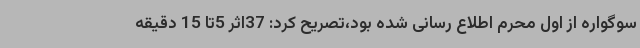
سوگواره از اول محرم اطلاع رسانی شده بود،تصریح کرد: 37اثر 5تا 15 دقیقه